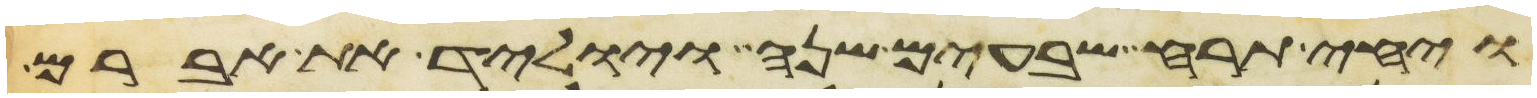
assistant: ויחי תרח שבעים שנה ויוליד את אברם